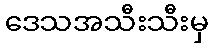
ဒေသအသီးသီးမှ